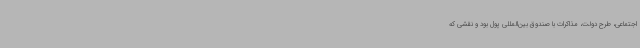
اجتماعی، طرح دولت، مذاکرات با صندوق بین‌المللی پول بود و نقشی که